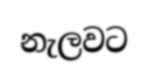
නැලවට